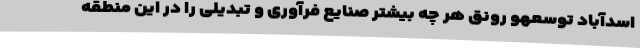
اسدآباد توسعهو رونق هر چه بیشتر صنایع فرآوری و تبدیلی را در این منطقه